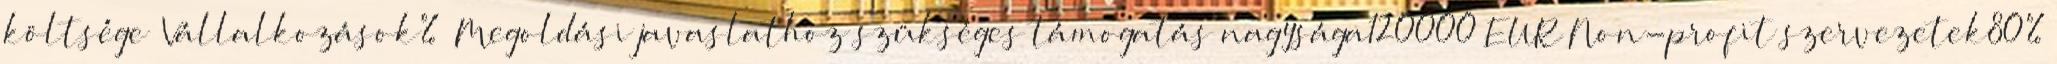
költsége ▪Vállalkozások% ▪Megoldási javaslathoz szükséges támogatás nagysága120000 EUR▪Non-profit szervezetek80%